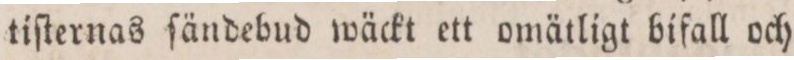
tiſternas ſändebud wäckt ett omätligt bifall och